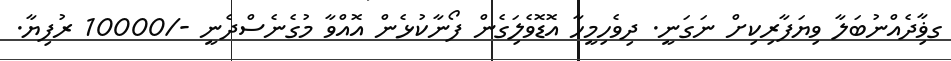
ގޥާިދެއްނުބަލާ ވިޔަފާރިކިށް ނަގަނީ. ދިވެހިމީހާ އޮޑޮވެލަިގެން ފޯނާކުޅެން އޮއްވާ މުގެނެސްދެނީ -/10000 ރުފިޔާ.